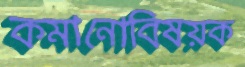
কমানোবিষয়ক